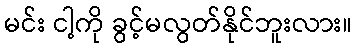
မင်း ငါ့ကို ခွင့်မလွတ်နိုင်ဘူးလား။